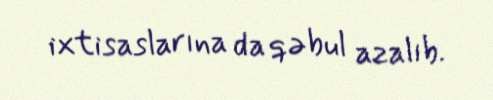
ixtisaslarına da qəbul azalıb.